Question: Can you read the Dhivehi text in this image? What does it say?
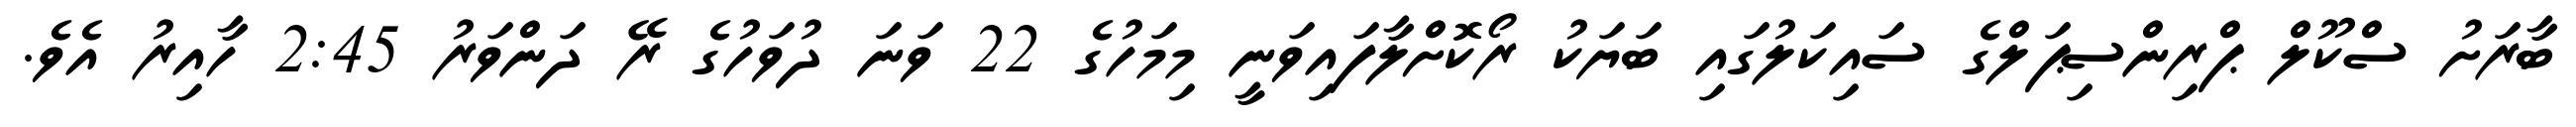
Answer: ބާރަށު ސްކޫލް ޕްރިންސިޕަލްގެ ސައިކަލުގައި ބަޔަކު ރޯކޮށްލާފައިވަނީ މިމަހުގެ 22 ވަނަ ދުވަހުގެ ރޭ ދަންވަރު 2:45 ހާއިރު އެވެ.